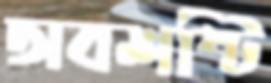
অবশষ্টি